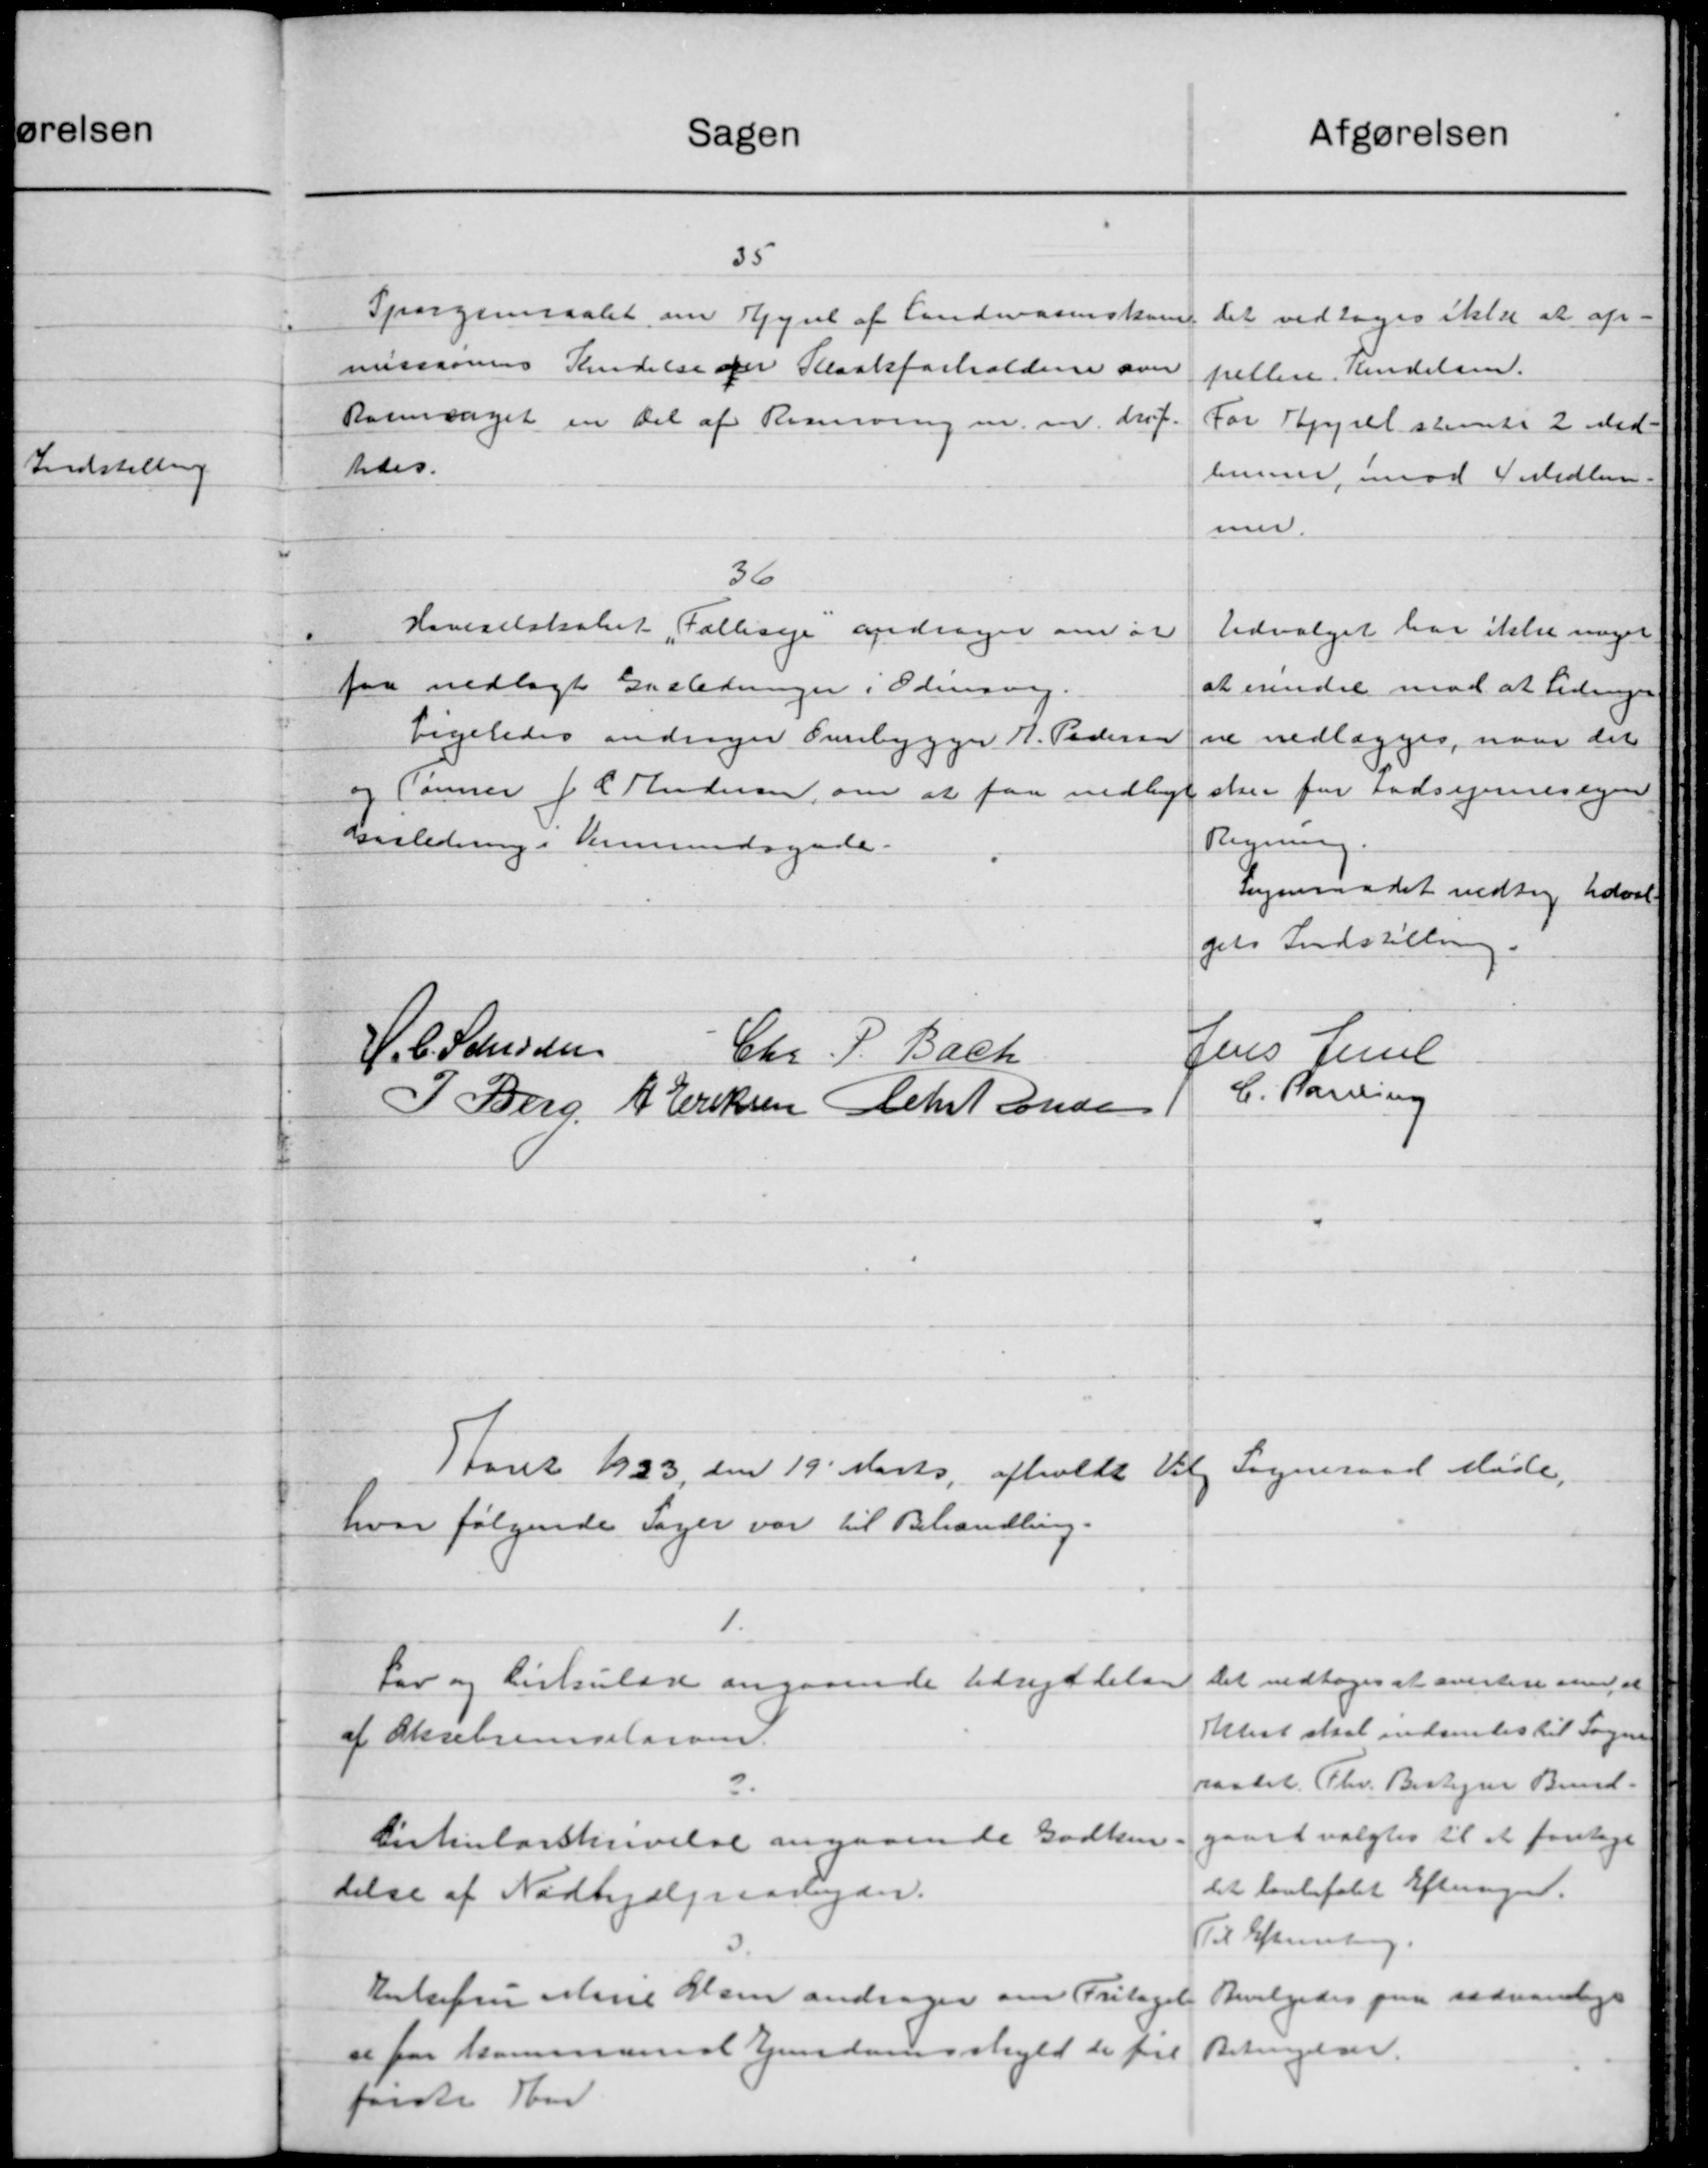
Transskription:
Sagen
35
Spørgsmaalet om Gyrel af Andreasenskom
missionens Kendelse for Kloakforholdene over
Rosmsaget en Del af Renning m.m. drif.
tedes.
36
Haveselskabet "Fallise andrager om at
faa nedlagt Ennledninger i Odensvej.
Ligeledes andrager Overbygger H. Pedersen
og Tønner J. C. Andersen, om at faa nedligt
Ensledning i Kommundsynde.
H. C. Laursen
Chr. P. Bach
I Berg, A. Eriksen Chr Jense
Aaret 1923, den 19' Marts afholdt Valg
hvor følgende Sager var til Behandling.
1.
For og Cirkulære angaaende Udryddelse
af Oksebremselarven.
2.
Cirkularskrivelse angaaende Godken.
delse af Nødhjælpsaadan.
Enkefru Mine Han andrager om Fritaget
et for kommunes Ejendomsskyld de frit
første Som